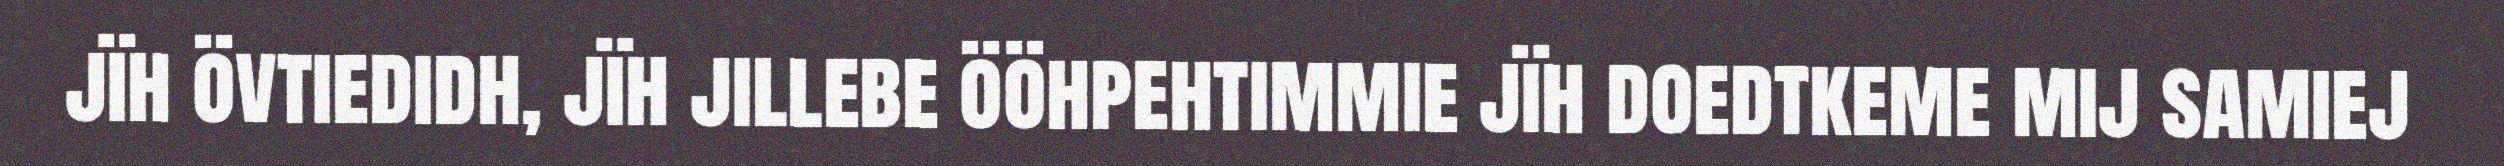
jïh övtiedidh, jïh jillebe ööhpehtimmie jïh doedtkeme mij samiej